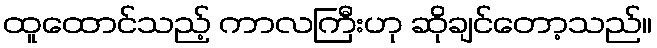
ထူထောင်သည့် ကာလကြီးဟု ဆိုချင်တော့သည်။